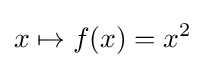
x\mapsto f(x)=x^{2}